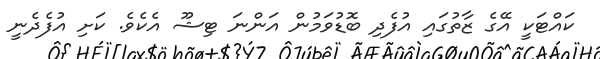
ކައްޓަކީ އޭގެ ޒާތުގައި އުފެދި ބޮޑުވަމުން އަންނަ ޓިޝޫ އެކެވެ. ކަށި އުފެދެނީ